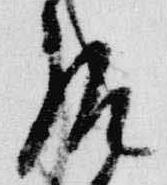
后